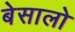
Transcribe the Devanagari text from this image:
बेसालो